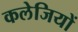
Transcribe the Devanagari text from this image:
कलेजियों